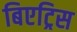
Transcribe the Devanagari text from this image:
बिएट्रिस